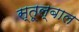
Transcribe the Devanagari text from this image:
स्तूल्बाल